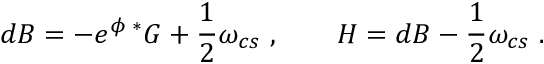
d B = - e ^ { \phi } { \, } { ^ * G } + \frac { 1 } { 2 } \omega _ { c s } \ , \qquad H = d B - \frac { 1 } { 2 } \omega _ { c s } \ .